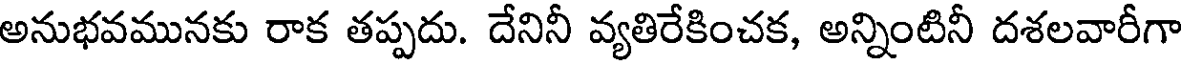
అనుభవమునకు రాక తప్పదు. దేనినీ వ్యతిరేకించక, అన్నింటినీ దశలవారీగా